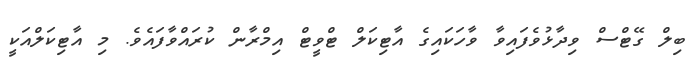
ބިލް ގޭޓްސް ވިދާޅުވެފައިވާ ވާހަކައިގެ އާޓިކަލް ޓްވީޓް އިމްރާން ކުރައްވާފައެވެ. މި އާޓިކަލްއަކީ